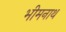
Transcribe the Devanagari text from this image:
भीमनाथ